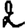
Digit: 2